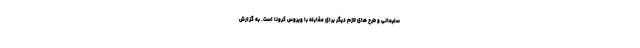
سلیمانی و طرح های لازم دیگر برای مقابله با ویروس کرونا است. به گزارش